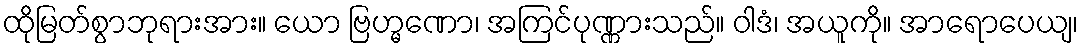
ထိုမြတ်စွာဘုရားအား။ ယော ဗြဟ္မဏော၊ အကြင်ပုဏ္ဏားသည်။ ဝါဒံ၊ အယူကို။ အာရောပေယျ၊